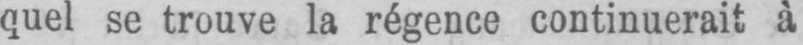
quel se trouve la régence continuerait à